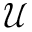
\mathcal { U }